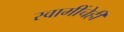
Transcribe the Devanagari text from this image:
स्वामींचेही